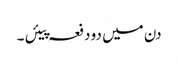
دن میں دو دفعہ پیئں ۔